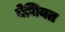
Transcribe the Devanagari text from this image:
बेधियत